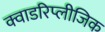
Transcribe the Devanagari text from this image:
क्वाडरिप्लीजिक